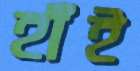
হাঁই